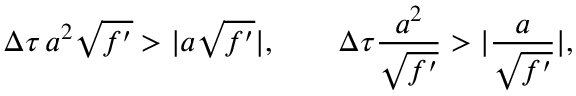
\Delta \tau \, a ^ { 2 } \sqrt { f ^ { \prime } } > \vert a \sqrt { f ^ { \prime } } \vert , \qquad \Delta \tau \frac { a ^ { 2 } } { \sqrt { f ^ { \prime } } } > \vert \frac a { \sqrt { f ^ { \prime } } } \vert ,